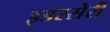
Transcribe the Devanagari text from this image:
इडस्सेरी